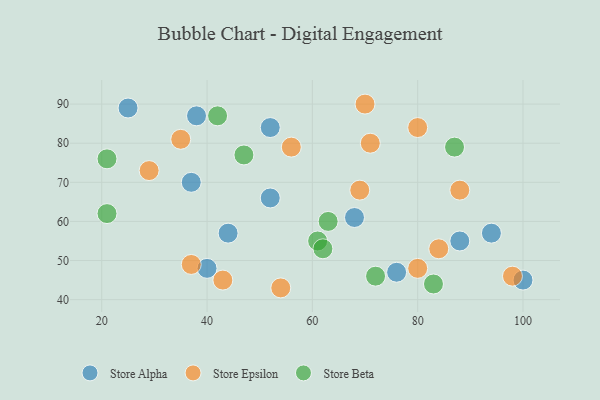
{"axis": {"x": "GDP", "y": "Life Expectancy"}, "legend": ["Store Alpha", "Store Beta", "Store Epsilon"], "data": [{"x": "52", "y": 84, "type": "Store Alpha"}, {"x": "52", "y": 66, "type": "Store Alpha"}, {"x": "100", "y": 45, "type": "Store Alpha"}, {"x": "44", "y": 57, "type": "Store Alpha"}, {"x": "68", "y": 61, "type": "Store Alpha"}, {"x": "76", "y": 47, "type": "Store Alpha"}, {"x": "38", "y": 87, "type": "Store Alpha"}, {"x": "40", "y": 48, "type": "Store Alpha"}, {"x": "94", "y": 57, "type": "Store Alpha"}, {"x": "25", "y": 89, "type": "Store Alpha"}, {"x": "88", "y": 55, "type": "Store Alpha"}, {"x": "37", "y": 70, "type": "Store Alpha"}, {"x": "84", "y": 53, "type": "Store Epsilon"}, {"x": "98", "y": 46, "type": "Store Epsilon"}, {"x": "56", "y": 79, "type": "Store Epsilon"}, {"x": "29", "y": 73, "type": "Store Epsilon"}, {"x": "80", "y": 48, "type": "Store Epsilon"}, {"x": "35", "y": 81, "type": "Store Epsilon"}, {"x": "37", "y": 49, "type": "Store Epsilon"}, {"x": "54", "y": 43, "type": "Store Epsilon"}, {"x": "43", "y": 45, "type": "Store Epsilon"}, {"x": "88", "y": 68, "type": "Store Epsilon"}, {"x": "71", "y": 80, "type": "Store Epsilon"}, {"x": "69", "y": 68, "type": "Store Epsilon"}, {"x": "80", "y": 84, "type": "Store Epsilon"}, {"x": "70", "y": 90, "type": "Store Epsilon"}, {"x": "21", "y": 76, "type": "Store Beta"}, {"x": "42", "y": 87, "type": "Store Beta"}, {"x": "21", "y": 62, "type": "Store Beta"}, {"x": "87", "y": 79, "type": "Store Beta"}, {"x": "61", "y": 55, "type": "Store Beta"}, {"x": "83", "y": 44, "type": "Store Beta"}, {"x": "62", "y": 53, "type": "Store Beta"}, {"x": "72", "y": 46, "type": "Store Beta"}, {"x": "63", "y": 60, "type": "Store Beta"}, {"x": "47", "y": 77, "type": "Store Beta"}]}